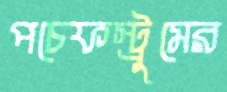
পচেফস্ট্রুমের